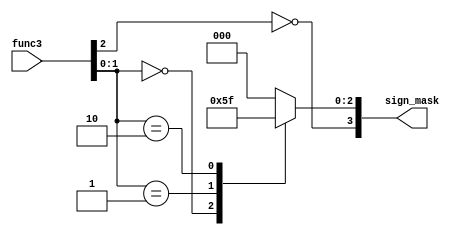
/*
	Authored 2018-2019, Ryan Voo.

	All rights reserved.
	Redistribution and use in source and binary forms, with or without
	modification, are permitted provided that the following conditions
	are met:

	*	Redistributions of source code must retain the above
		copyright notice, this list of conditions and the following
		disclaimer.

	*	Redistributions in binary form must reproduce the above
		copyright notice, this list of conditions and the following
		disclaimer in the documentation and/or other materials
		provided with the distribution.

	*	Neither the name of the author nor the names of its
		contributors may be used to endorse or promote products
		derived from this software without specific prior written
		permission.

	THIS SOFTWARE IS PROVIDED BY THE COPYRIGHT HOLDERS AND CONTRIBUTORS
	"AS IS" AND ANY EXPRESS OR IMPLIED WARRANTIES, INCLUDING, BUT NOT
	LIMITED TO, THE IMPLIED WARRANTIES OF MERCHANTABILITY AND FITNESS
	FOR A PARTICULAR PURPOSE ARE DISCLAIMED. IN NO EVENT SHALL THE
	COPYRIGHT OWNER OR CONTRIBUTORS BE LIABLE FOR ANY DIRECT, INDIRECT,
	INCIDENTAL, SPECIAL, EXEMPLARY, OR CONSEQUENTIAL DAMAGES (INCLUDING,
	BUT NOT LIMITED TO, PROCUREMENT OF SUBSTITUTE GOODS OR SERVICES;
	LOSS OF USE, DATA, OR PROFITS; OR BUSINESS INTERRUPTION) HOWEVER
	CAUSED AND ON ANY THEORY OF LIABILITY, WHETHER IN CONTRACT, STRICT
	LIABILITY, OR TORT (INCLUDING NEGLIGENCE OR OTHERWISE) ARISING IN
	ANY WAY OUT OF THE USE OF THIS SOFTWARE, EVEN IF ADVISED OF THE
	POSSIBILITY OF SUCH DAMAGE.
*/



/*
 *	mask for loads/stores in data memory
 */



module sign_mask_gen(func3, sign_mask);
	input [2:0]	func3;
	output [3:0]	sign_mask;

	reg [2:0]	mask;

	/*
	 *	sign - for LBU and LHU the sign bit is 0, indicating read data should be zero extended, otherwise sign extended
	 *	mask - for determining if the load/store operation is on word, halfword or byte
	 *
	 *	TODO - a Karnaugh map should be able to describe the mask without case, the case is for reading convenience
	*/

	always @(*) begin
		case(func3[1:0])
			2'b00: mask = 3'b001;	// byte only
			2'b01: mask = 3'b011;	// halfword
			2'b10: mask = 3'b111;	// word
			default: mask = 3'b000;	// should not happen for loads/stores
		endcase
	end

	assign sign_mask = {(~func3[2]), mask};
endmodule